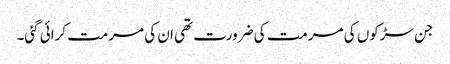
جن سڑکوں کی مرمت کی ضرورت تھی ان کی مرمت کرائی گئی۔